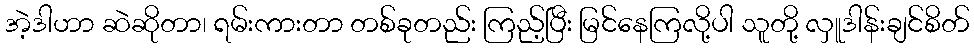
အဲ့ဒါဟာ ဆဲဆိုတာ၊ ရမ်းကားတာ တစ်ခုတည်း ကြည့်ပြီး မြင်နေကြလို့ပါ သူတို့ လှူဒါန်းချင်စိတ်